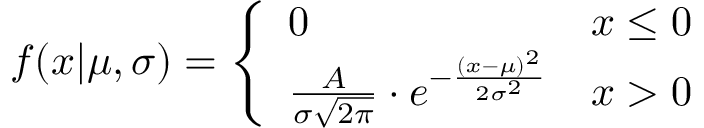
f ( x | \mu , \sigma ) = \left\{ \begin{array} { l l } { 0 } & { x \le 0 } \\ { \frac { A } { \sigma \sqrt { 2 \pi } } \cdot e ^ { - \frac { ( x - \mu ) ^ { 2 } } { 2 \sigma ^ { 2 } } } } & { x > 0 } \end{array} \right.